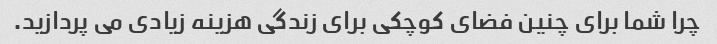
چرا شما برای چنین فضای کوچکی برای زندگی هزینه زیادی می پردازید.